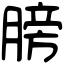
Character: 膀